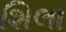
શિલા